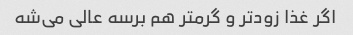
اگر غذا زودتر و گرمتر هم برسه عالی می‌شه